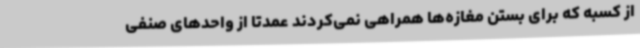
از کسبه که برای بستن مغازه‌ها همراهی نمی‌کردند عمدتا از واحدهای صنفی